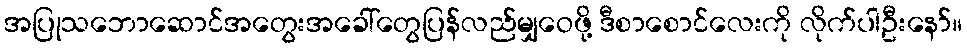
အပြုသဘောဆောင်အတွေးအခေါ်တွေပြန်လည်မျှဝေဖို့ ဒီစာစောင်လေးကို လိုက်ပါဦးနော်။